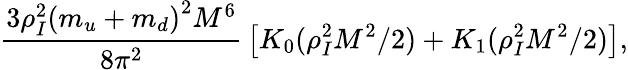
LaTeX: {\frac{3\rho_{I}^{2}\left(m_{u}+m_{d}\right)^{2}M^{6}}{8\pi^{2}}}\left[K_{0}(\rho_{I}^{2}M^{2}/2)+K_{1}(\rho_{I}^{2}M^{2}/2)\right],